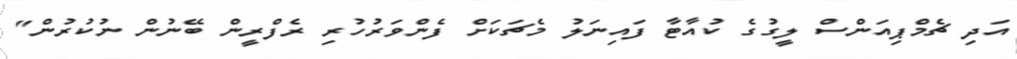
އަދި ޗެމްޕިއަންސް ލީގުގެ ކުއާޓާ ފައިނަލު މެޗަކަށް ފެންވަރުހުރި ރެފްރީން ބޭނުން ނުކުރުން"